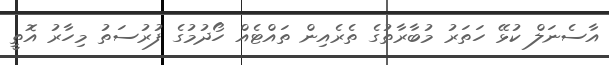
އާސެނަލް ކުޅޭ ހަތަރު މުބާރާތުގެ ތެރެއިން ތައްޓެއް ހޯދުމުގެ ފުރުސަތު މިހާރު އޮތީ